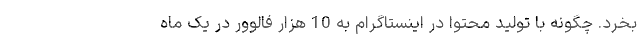
بخرد. چگونه با تولید محتوا در اینستاگرام به 10 هزار فالوور در یک ماه